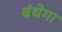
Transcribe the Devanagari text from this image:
बंधेगा